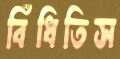
বিঁধিতিস